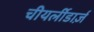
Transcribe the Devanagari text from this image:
चीयर्लीडार्ज़